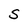
Character: S